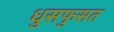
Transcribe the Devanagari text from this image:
धुसफुसत